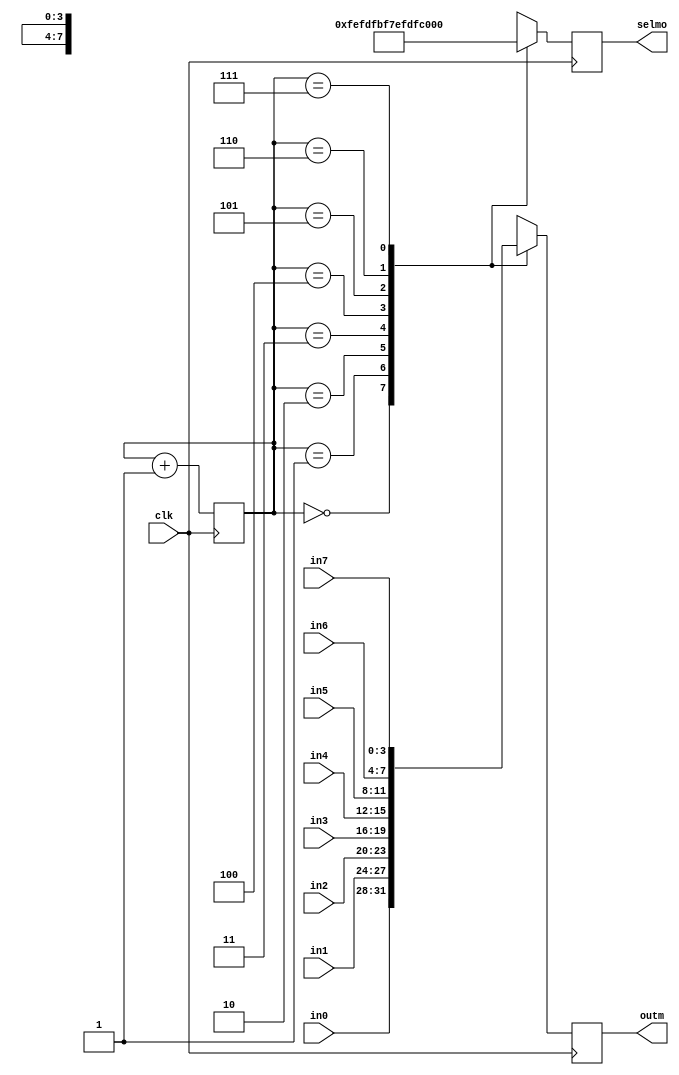
module mux_8(in0,in1,in2,in3,in4,in5,in6,in7,clk,outm,selmo);
	input clk;
	input [3:0] in0,in1,in2,in3,in4,in5,in6,in7;
	output reg[3:0] outm;
	output reg [7:0]selmo;
	reg [2:0]selm;
	always @ (posedge clk)begin
		selm <= selm + 3'd1;
		case(selm)
			3'd0:begin outm = in0;selmo = 8'b11111110; end
			3'd1:begin outm = in1;selmo = 8'b11111101; end
			3'd2:begin outm = in2;selmo = 8'b11111011; end
			3'd3:begin outm = in3;selmo = 8'b11110111; end
			3'd4:begin outm = in4;selmo = 8'b11101111; end
			3'd5:begin outm = in5;selmo = 8'b11011111; end
			3'd6:begin outm = in6;selmo = 8'b10111111; end
			3'd7:begin outm = in7;selmo = 8'b01111111; end
			default:outm <= outm;
		endcase
	end
endmodule